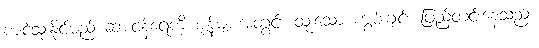
ကျင့်သုံးနိုင်မည် ဆားငန်ရေကို ဇုန်များအတွင်း ထူးသော ကွမ်းချင်း ဖြည့်တင်းနေသည့်